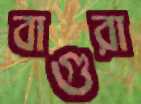
বাগুরা